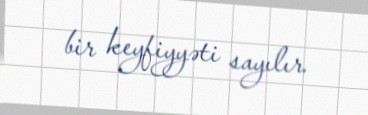
bir keyfiyyəti sayılır.